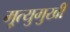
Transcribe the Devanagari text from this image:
मृ्त्युमुखी